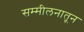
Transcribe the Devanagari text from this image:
सम्मीलनातून